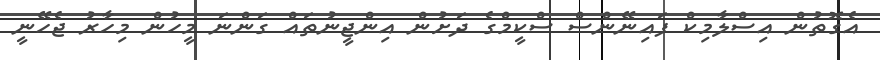
އެގޮތުން އިސްލާމިކް ފައިނޭންސް ސްކީމްގެ ދަށުން އިންޖީނުތައް ގަންނަ މީހުން މިހާރު ޖެހޭނީ